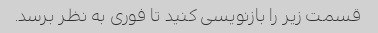
قسمت زیر را بازنویسی کنید تا فوری به نظر برسد.